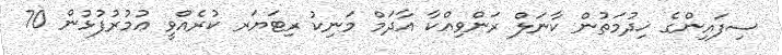
ސިފައިންގެ ޚިދުމަތުން ކާނަލް ރަންވިއްކާ އާދަމް މަނިކު ރިޓަޔަރ ކުރެއްވީ ޢުމުރުފުޅުން 70